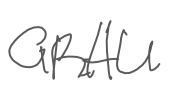
Text: GRAU
Cross-out: clean
Writing tool: digital_gray